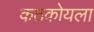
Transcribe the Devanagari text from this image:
कठकोयला